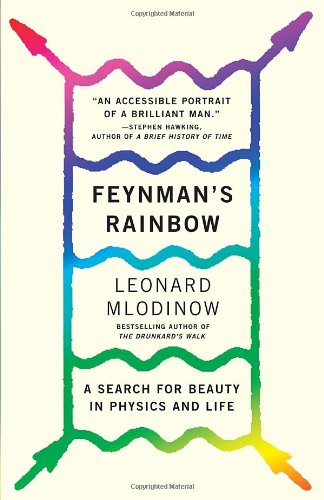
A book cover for Feynman's Rainbow: A Search for Beauty in Physics and in Life; Leonard Mlodinow; Science & Math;